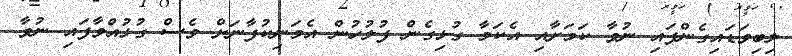
ލިބިވަޑައިގެންފައި ނުވާ ކަމަށާއި އެކަމާ ގުޅިގެން ފުލުހުން އެމަނިކުފާނަށް ވެސް ގުޅުއްވާފައި ނުވާ